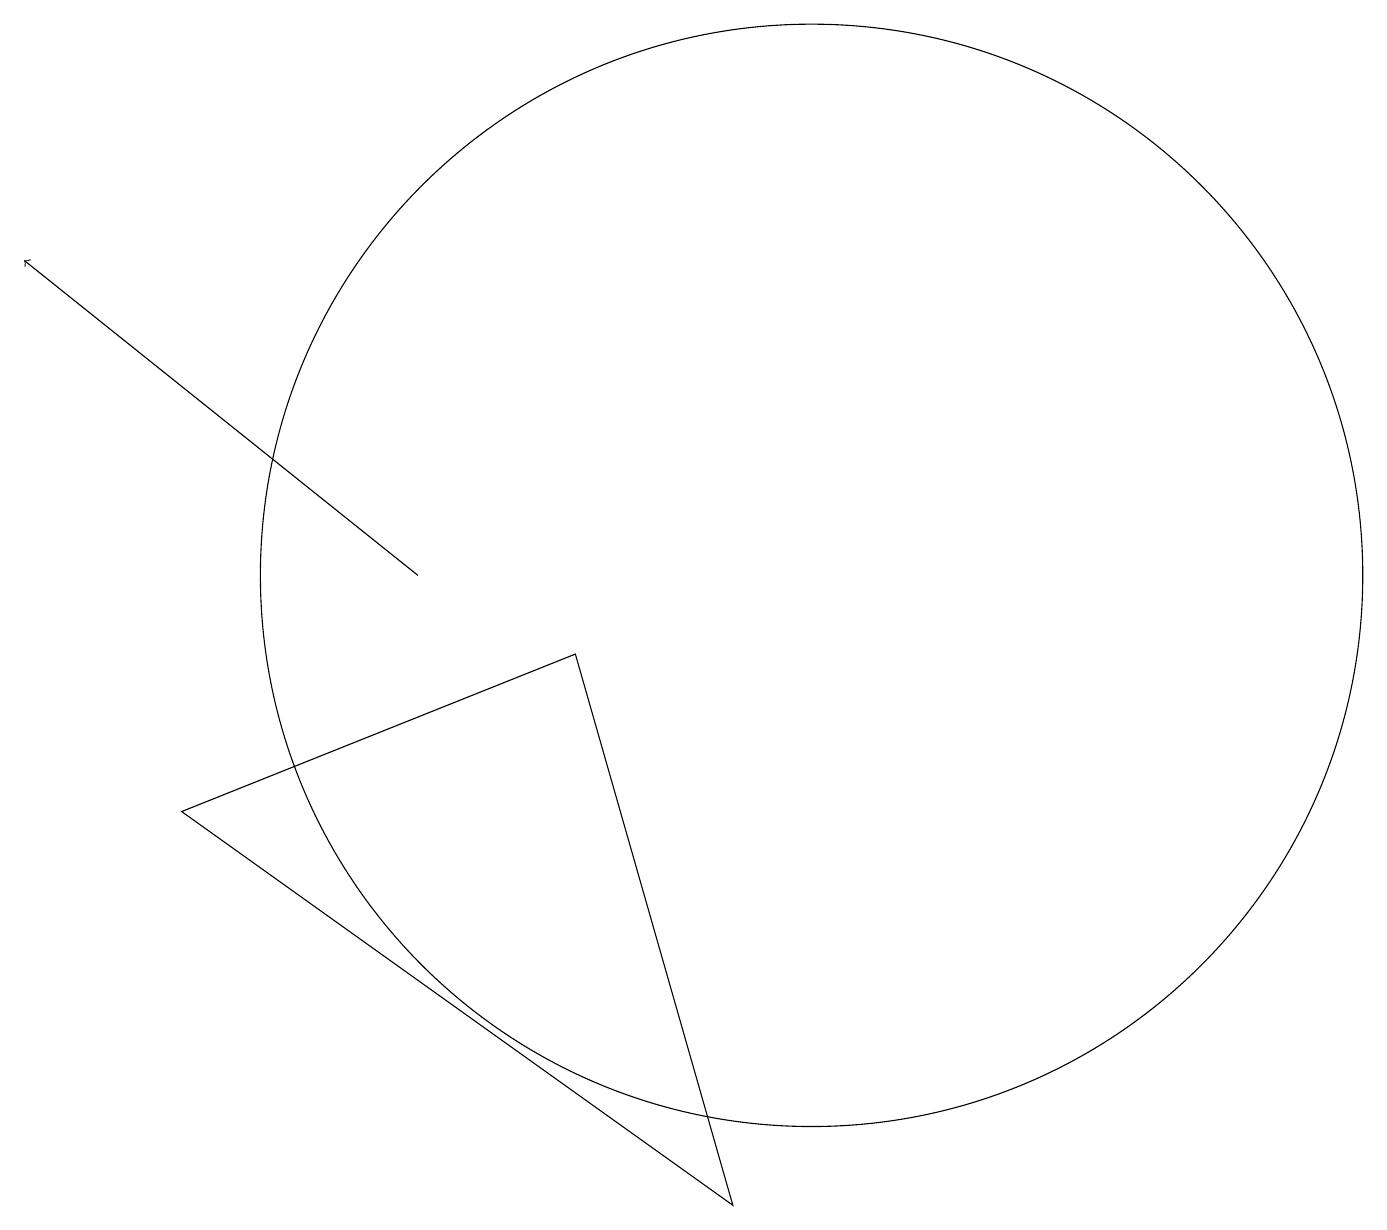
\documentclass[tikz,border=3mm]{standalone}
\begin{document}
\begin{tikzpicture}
\draw (7,9) -- (2,7) -- (9,2) -- cycle;
\draw[->] (5,10) -- (0,14);
\draw (10,10) circle (7);
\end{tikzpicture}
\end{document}